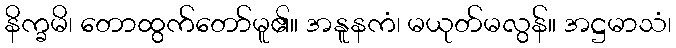
နိက္ခမိ၊ တောထွက်တော်မူ၏။ အနူနကံ၊ မယုတ်မလွန်။ အဋ္ဌမာသံ၊